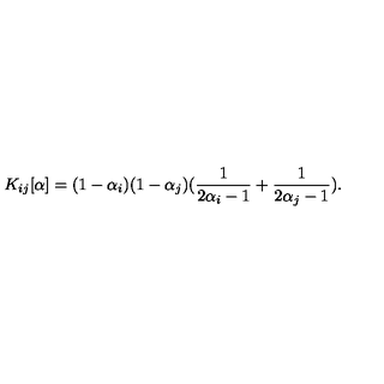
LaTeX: K _ { i j } [ \alpha ] = ( 1 - \alpha _ { i } ) ( 1 - \alpha _ { j } ) ( \frac { 1 } { 2 \alpha _ { i } - 1 } + \frac { 1 } { 2 \alpha _ { j } - 1 } ) .